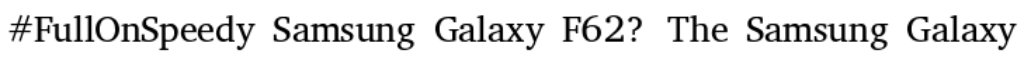
#FullOnSpeedy Samsung Galaxy F62? The Samsung Galaxy